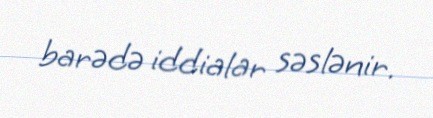
barədə iddialar səslənir.